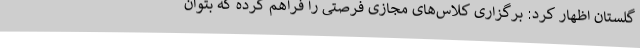
گلستان اظهار کرد: برگزاری کلاس‌های مجازی فرصتی را فراهم کرده که بتوان